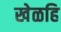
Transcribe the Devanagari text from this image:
खेळहि